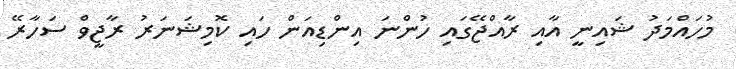
މުހައްމަދު ޝައިނީ އާއި ރާއްޖޭގައި ހުންނަ އިންޑިއަން ހައި ކޮމިޝަނަރު ރާޖީވް ސަހާރޭ